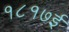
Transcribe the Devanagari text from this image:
१८१७ई